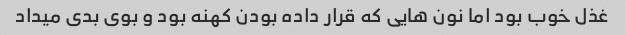
غذل خوب بود اما نون هایی که قرار داده بودن کهنه بود و بوی بدی میداد